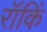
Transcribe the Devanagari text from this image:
रॉकिं